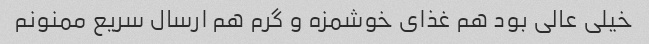
خیلی عالی بود هم غذای خوشمزه و گرم هم ارسال سریع ممنونم